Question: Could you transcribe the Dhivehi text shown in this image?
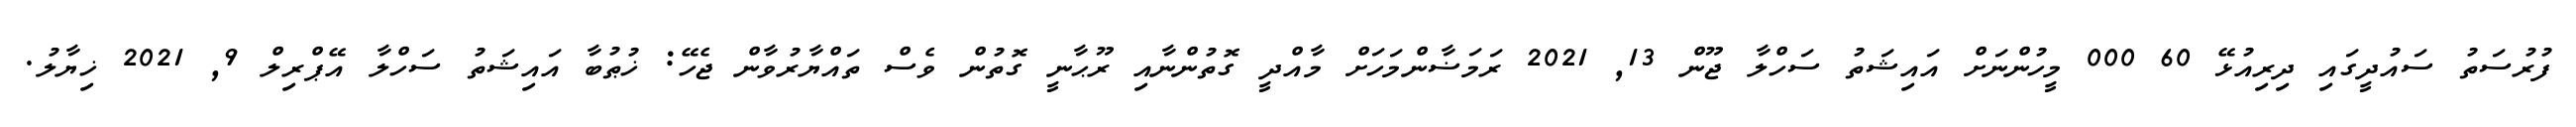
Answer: ފުރުސަތު ސައުދީގައި ދިރިއުޅޭ 60 000 މީހުންނަށް އައިޝަތު ސަހްލާ ޖޫން 13, 2021 ރަމަޟާންމަހަށް މާއްދީ ގޮތުންނާއި ރޫޙާނީ ގޮތުން ވެސް ތައްޔާރުވާން ޖެހޭ: ޚުޠުބާ އައިޝަތު ސަހްލާ އޭޕްރިލް 9, 2021 ޚިޔާލު.